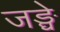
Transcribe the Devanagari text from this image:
जङ्घे